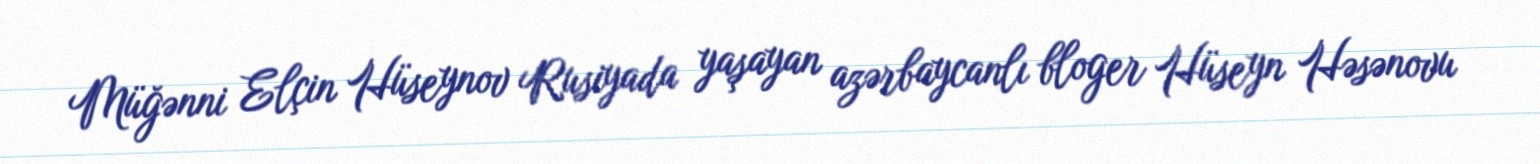
Müğənni Elçin Hüseynov Rusiyada yaşayan azərbaycanlı bloger Hüseyn Həsənovu